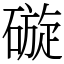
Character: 䃠